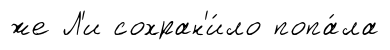
же Л'и сохран'и́ло попа́ла